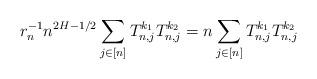
LaTeX: \begin{align*} r_n^{-1}n^{2H-1/2} \sum_{j\in[n]} T^{k_1}_{n,j} T^{k_2}_{n,j} =n \sum_{j\in[n]} T^{k_1}_{n,j} T^{k_2}_{n,j}\end{align*}